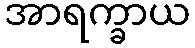
အာရက္ခာယ